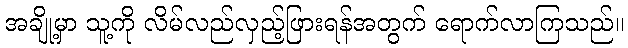
အချို့မှာ သူ့ကို လိမ်လည်လှည့်ဖြားရန်အတွက် ရောက်လာကြသည်။